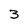
Character: 3